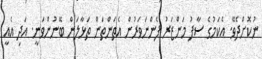
ނުކޮށްދެވޭ. އެކަމުގެ ސާފު މަންޒަރު ފެންނަވަރުން އެތަންތަން ތަޅާލަން ބޭނުންވަނީ. އަދި އެއީ